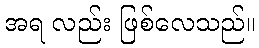
အရ လည်း ဖြစ်လေသည်။